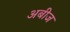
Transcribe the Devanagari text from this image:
अबीज